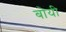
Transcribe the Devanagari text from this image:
बोयी